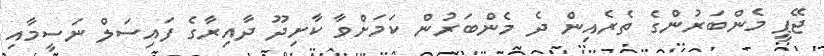
ޖޭޕީ މެންބަރުންގެ ތެރެއިން ދެ މެންބަރުން ކަމަށްވާ ކާށިދޫ ދާއިރާގެ ފައިސަލް ނަސީމާއި